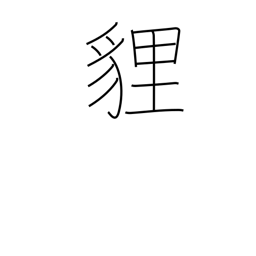
Meaning: a fox-like animal